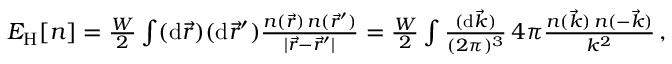
\begin{array} { r } { E _ { \mathrm { H } } [ n ] = \frac { W } { 2 } \int ( \mathrm { d } \vec { r } ) ( \mathrm { d } \vec { r } ^ { \prime } ) \frac { n ( \vec { r } ) \, n ( \vec { r } ^ { \prime } ) } { | \vec { r } - \vec { r } ^ { \prime } | } = \frac { W } { 2 } \int \frac { ( \mathrm { d } \vec { k } ) } { ( 2 \pi ) ^ { 3 } } \, 4 \pi \frac { n ( \vec { k } ) \, n ( - \vec { k } ) } { k ^ { 2 } } \, , } \end{array}